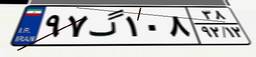
۹۷گ۱۰۸۳۸